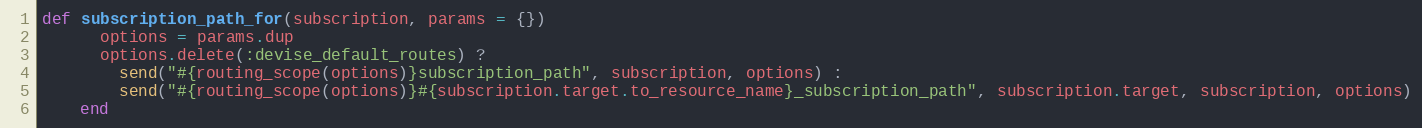
Language: Ruby
def subscription_path_for(subscription, params = {})
      options = params.dup
      options.delete(:devise_default_routes) ?
        send("#{routing_scope(options)}subscription_path", subscription, options) :
        send("#{routing_scope(options)}#{subscription.target.to_resource_name}_subscription_path", subscription.target, subscription, options)
    end